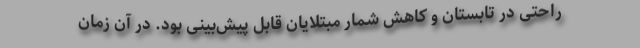
راحتی در تابستان و کاهش شمار مبتلایان قابل پیش‌بینی بود. در آن زمان